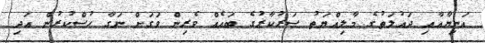
އަނިޔާއާއި ދައުލަތުގެ މާލިއްޔަތު ސަރުކާރުގެ ބައެއް ވެރިން ވަގަށް ނަގާ ހުސްކުރުން އަދި